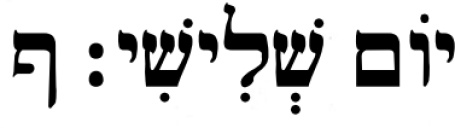
יֹום שְׁלִישִׁי׃ ף